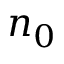
n _ { 0 }